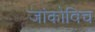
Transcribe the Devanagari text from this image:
जांकोविच